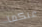
عنكما